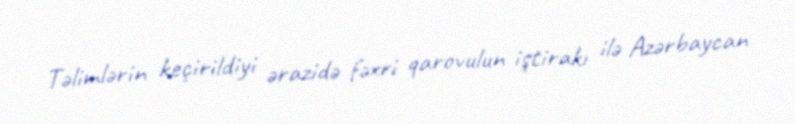
Təlimlərin keçirildiyi ərazidə fəxri qarovulun iştirakı ilə Azərbaycan